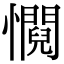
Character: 㦦